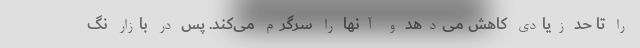
را تا حد زیادی کاهش می‌دهد و آنها را سرگرم می‌کند. پس در بازار نگ